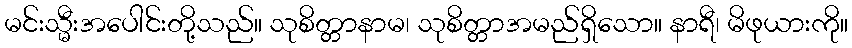
မင်းသ္မီးအပေါင်းတို့သည်။ သုစိတ္တာနာမ၊ သုစိတ္တာအမည်ရှိသော။ နာရီ၊ မိဖုယားကို။